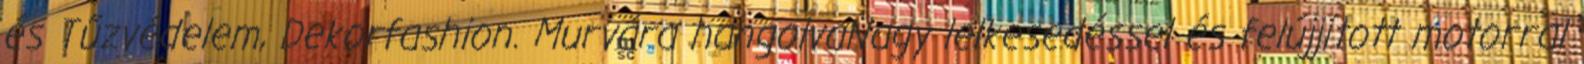
és Tűzvédelem, Dekorfashion. Murvára hangolvaNagy lelkesedéssel és felújjított motorral